Morphology and life history of Herpetomonas culicis, Novy, MacNeal and Torrey - Number 57
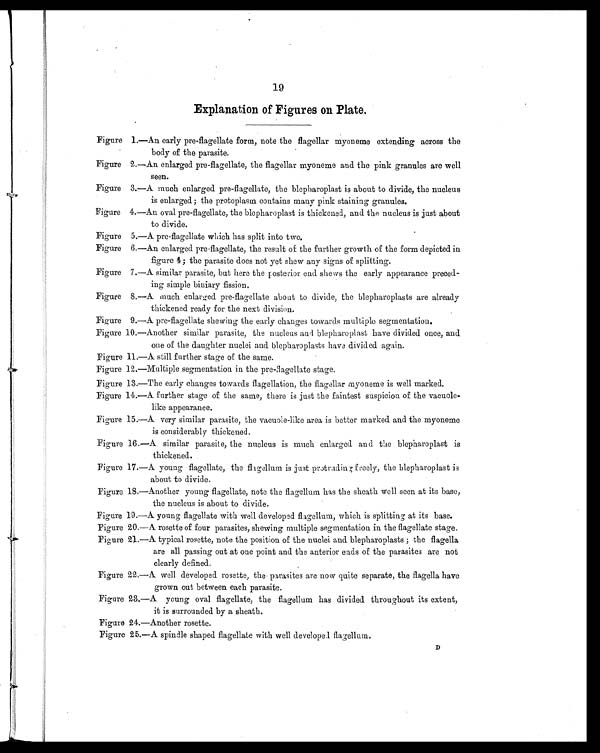
19
Explanation of Figures on Plate.
Figure 1.—An early pre-flagellate form, note the flagellar myoneme extending across the
body of the parasite.
Figure 2.—An enlarged pre-flagellate, the flagellar myoneme and the pink granules are well
seen.
Figure 3.—A much enlarged pre-flagellate, the blepharoplast is about to divide, the nucleus
is enlarged; the protoplasm contains many pink staining granules.
Figure 4.—An oval pre-flagellate, the blepharoplast is thickened, and the nucleus is just about
to divide.
Figure 5.—A pre-flagellate which has split into two.
Figure 6.—An enlarged pre-flagellate, the result of the further growth of the form depicted in
figure 4; the parasite does not yet shew any signs of splitting.
Figure 7.—A similar parasite, but here the posterior end shews the early appearance preced-
ing simple biniary fission.
Figure 8.—A much enlarged pre-flagellate about to divide, the blepharoplasts are already
thickened ready for the next division.
Figure 9.—A pre-flagellate shewing the early changes towards multiple segmentation.
Figure 10.—Another similar parasite, the nucleus and blepharoplast have divided once, and
one of the daughter nuclei and blepharoplasts have divided again.
Figure 11.—A still further stage of the same.
Figure 12.—Multiple segmentation in the pre-flagellate stage.
Figure 13.—The early changes towards flagellation, the flagellar myoneme is well marked.
Figure 14.—A further stage of the same, there is just the faintest suspicion of the vacuole-
like appearance.
Figure 15.—A very similar parasite, the vacuole-like area is better marked and the myoneme
is considerably thickened.
Figure 16.—A similar parasite, the nucleus is much enlarged and the blepharoplast is
thickened.
Figure 17.—A young flagellate, the flagellum is just protrading freely, the blepharoplast is
about to divide.
Figure 18.—Another young flagellate, note the flagellum has the sheath well seen at its base,
the nucleus is about to divide.
Figure 19.—A young flagellate with well developed flagellum, which is splitting at its base.
Figure 20.—A rosette of four parasites, shewing multiple segmentation in the flagellate stage.
Figure 21.—A typical rosette, note the position of the nuclei and blepharoplasts ; the flagella
are all passing out at one point and the anterior ends of the parasites are not
clearly defined.
Figure 22.—A well developed rosette, the parasites are now quite separate, the flagella have
grown out between each parasite.
Figure 23.—A young oval flagellate, the flagellum has divided throughout its extent,
it is surrounded by a sheath.
Figure 24.—Another rosette.
Figure 25.—A spindle shaped flagellate with well developed flagellum. D